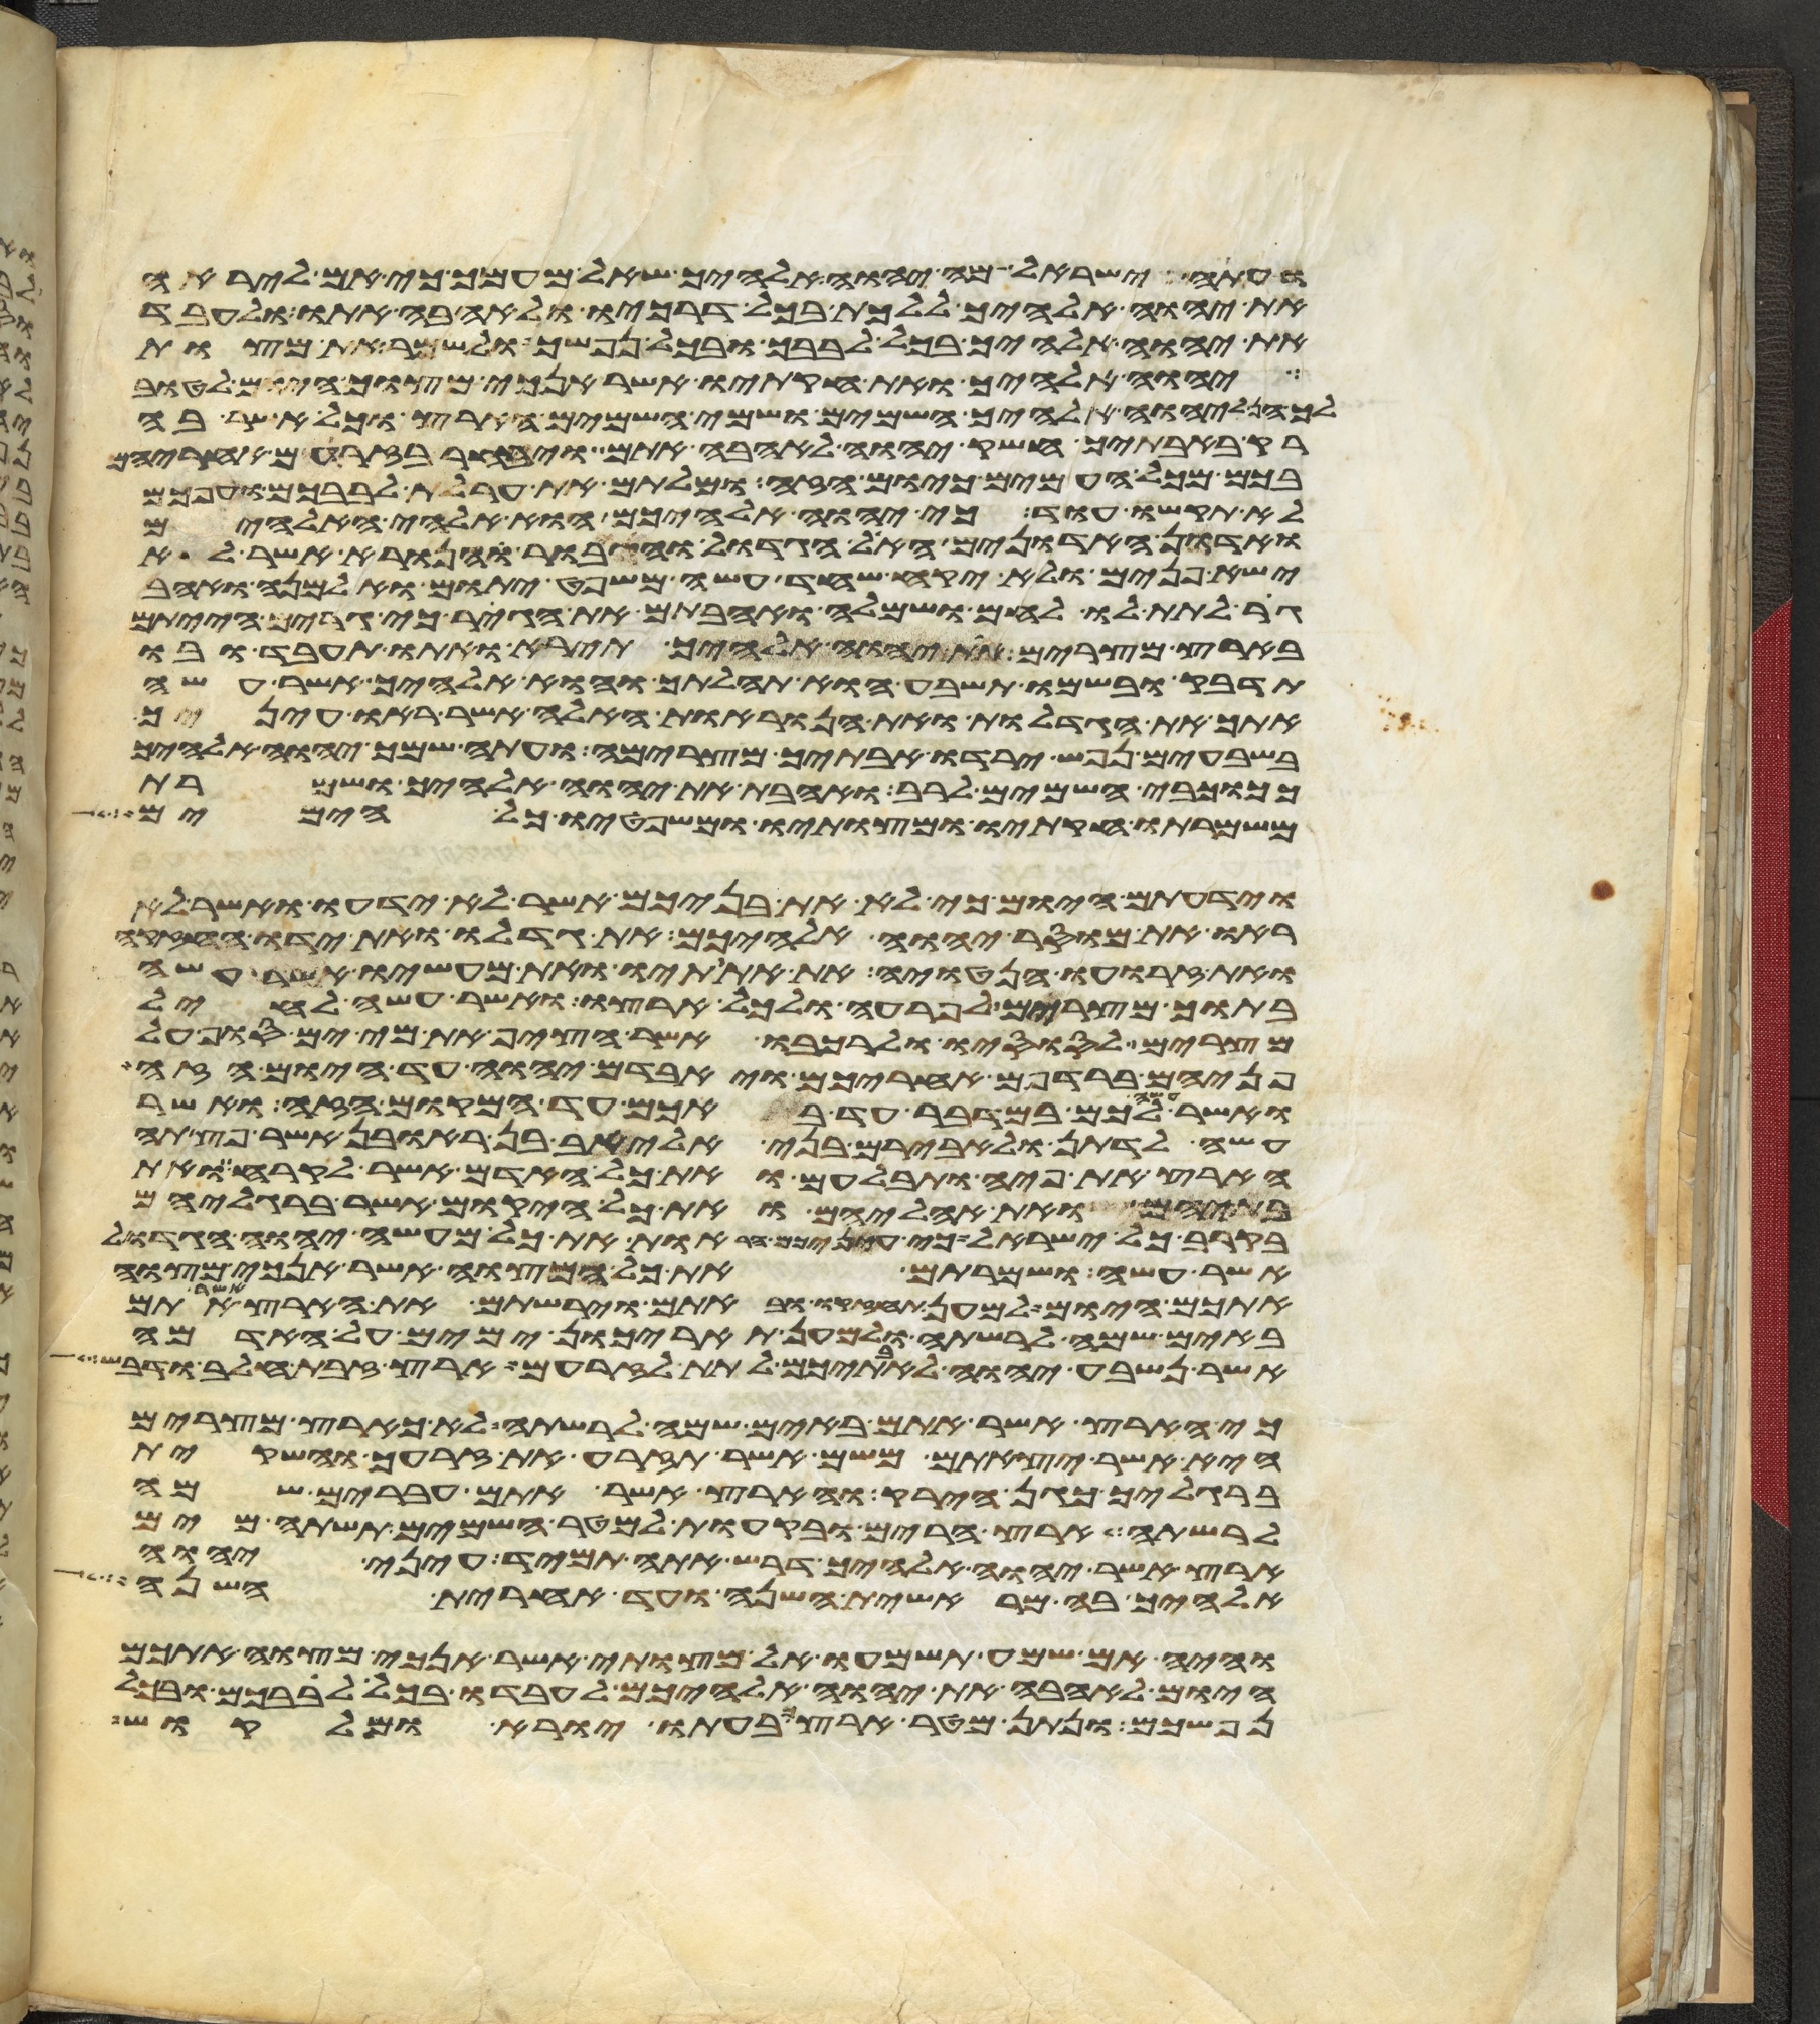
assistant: ועתה ישראל מה יהוה אלהיך שאל מעמך כי אם ליראה
את יהוה אלהיך ללכת בכל דרכיו ולאהבה אתו ולעבד
את יהוה אלהיך בכל לבבך ובכל נפשך ולשמר את מצות
יהוה אלהיך ואת חקתיו אשר אנכי מצוך היום לטוב
לך הן ליהוה אלהיך השמים ושמי השמים הארץ וכל אשר בה
רק באבתיך חשק יהוה לאהבה אתם ויבחר בזרעם אחריהם
בכם מכל העמים כיום הזה ומלתם את ערלת לבבכם וערפכם
לא תקשו עוד כי יהוה אלהיכם הוא אלהי האלהים
ואדון האדונים האל הגדול והגיבור והנורא אשר לא
ישא פנים ולא יקח שחד עשה משפט יתום ואלמנה ואהב
גר לתת לו לחם ושמלה ואהבתם את הגר כי גרים הייתם
בארץ מצרים את יהוה אלהיך תירא ואתו תעבד ובו
תדבק ובשמו תשבע הוא תהלתך והוא אלהיך אשר עשה
אתך את הגדלות ואת הנוראות האלה אשר ראו עיניך
בשבעים נפש ירדו אבתיך מצרימה ועתה שמך יהוה אלהיך
ככוכבי השמים לרב ואהבת את יהוה אלהיך ושמרת
משמרתו חקתיו ומצותיו ומשפטיו כל הימים
וידעתם היום כי לא את בניכם אשר לא ידעו ואשר לא
ראו את מוסר יהוה אלהיכם את גדלו ואת ידו החזקה
ואת זרועו הנטויה את אתותיו ואת מעשיו אשר עשה
בתוך מצרים לפרעה ולכל ארצו ואשר עשה לחיל
מצרים לסוסיו ולרכבו אשר הציף את מי ים סוף על
פניהם ברדפם אחריכם ויאבדם יהוה עד היום הזה
ואשר עשה לכם במדבר עד באכם עד המקום הזה ואשר
עשה לדתן ולאבירם בני אליאב בן ראובן אשר פצתה
הארץ את פיה ותבלעם ואת כל האדם אשר לקרח ואת
בתיהם ואת אהליהם ואת כל היקום אשר ברגליהם
בקרב כל ישראל כי עיניכם הראות את כל מעשה יהוה הגדול
אשר עשה ושמרתם את כל המצוה אשר אנכי מצוה
אתכם היום למען תחזקו ובאתם וירשתם את הארץ אשר אתם
באים שמה לרשתה ולמען תאריכון ימים על האדמה
אשר נשבע יהוה לאבתיכם לתת לזרעם ארץ זבת חלב ודבש
כי הארץ אשר אתם באים שמה לרשתה לא כארץ מצרים
היא אשר יצאתם משם אשר תזרע את זרעך והשקית
ברגליך כגן הירק והארץ אשר אתם עברים שמה
לרשתה ארץ הרים ובקעות למטר השמים תשתה מים
ארץ אשר יהוה אלהיך דרש אתה תמיד עיני יהוה
אלהיך בה מראשית השנה ועד אחרית השנה
והיה אם שמע תשמעו אל מצותי אשר אנכי מצוה אתכם
היום לאהבה את יהוה אלהיכם לעבדו בכל לבבכם ובכל
נפשכם ונתן מטר ארצך בעתו יורא ומלקוש